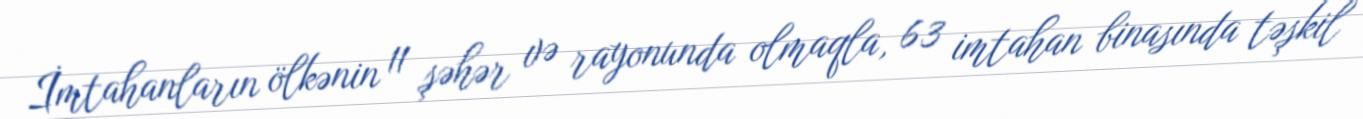
İmtahanların ölkənin 11 şəhər və rayonunda olmaqla, 63 imtahan binasında təşkil